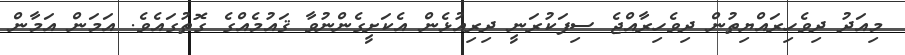
މިއަދު ދިވެހިރައްޔިތުން ދިވެހިރާއްޖެ ސިފަކުރަނީ ދިރިއުޅެން އެކަށީގެންނުވާ ޤައުމެއްގެ ގޮތުގައެވެ. އަމަން އަމާން